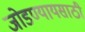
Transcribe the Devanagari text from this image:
जोडण्यायसाठी